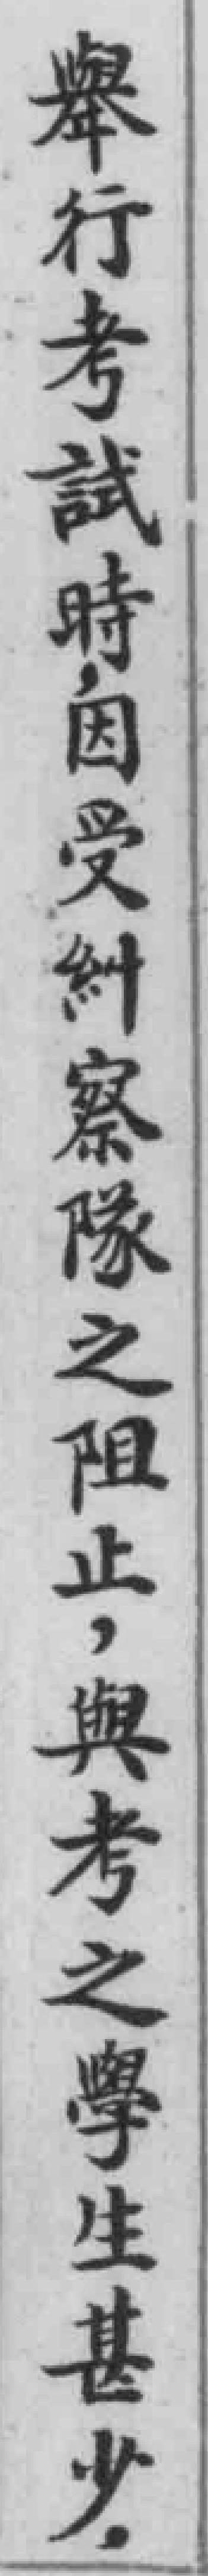
舉行考試時，因受糾察隊之阻止，與考之學生甚少，